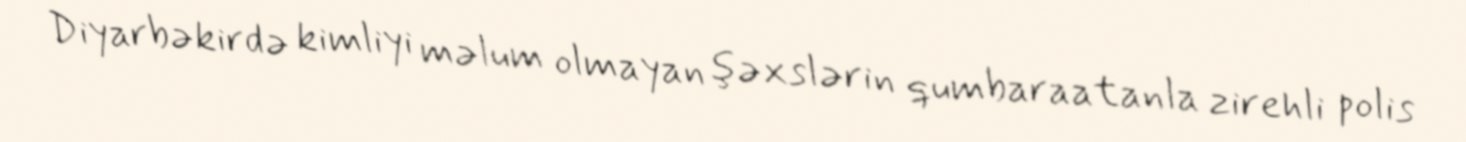
Diyarbəkirdə kimliyi məlum olmayan şəxslərin qumbaraatanla zirehli polis